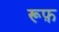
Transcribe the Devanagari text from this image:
रूफ़